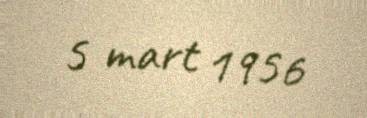
5 mart 1956